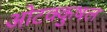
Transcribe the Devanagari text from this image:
ओटक्कुषल